Annual report of the Punjab Veterinary College and of the Civil Veterinary Department, Punjab - 1909-1919
Year: 1909
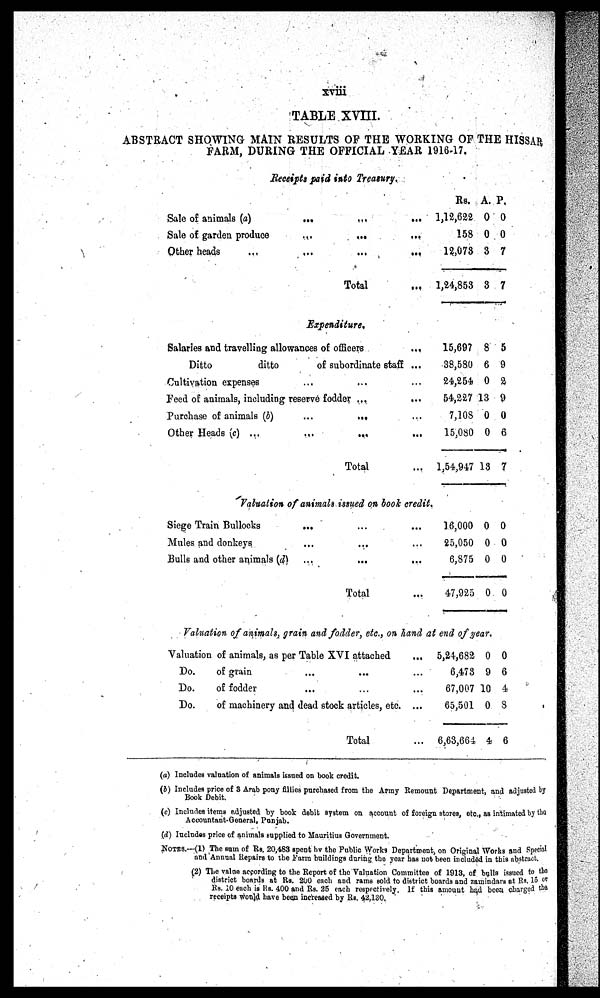
xviii
TABLE XVIII.
ABSTRACT SHOWING MAIN RESULTS OF THE WORKING OF THE HISSAR
FARM, DURING THE OFFICIAL YEAR 1916-17.
Receipts paid into Treasury.
Sale of animals (a)
Sale of garden produce
Other heads
...
...
...
...
...
...
Total
...
...
...
...
Rs.
1,12,622
158
13,073
1,24,853
A.
0
0
3
3
P.
0
0
7
7
Expenditure.
Salaries and travelling allowances of officers
...
Ditto
ditto
of subordinate staff ...
Cultivation expenses ... ... ...
Feed of animals, including reserve fodder ... ...
Purchase of animals (b)
...
... ...
Other Heads (c) ...
...
...
...
Total ...
15,697
38,580
24,254
54,227
7,108
15,080
1,54,947
8
6
0
13
0
0
13
5
9
2
9
0
6
7
Valuation of animals issued on book credit.
Siege Train Bullocks
...
...
...
Mules and donkeys
...
...
...
Bulls and other animals
(d)
...
...
...
Total ...
16,000
25,050
6,875
47,925
0
0
0
0
0
0
0
0
Valuation of animals, grain and fodder, etc., on hand at end of year.
Valuation of animals, as per Table XVI attached
...
Do.
Do.
Do.
of grain
...
...
...
of fodder
...
...
...
of machinery and dead stock articles, etc. ...
Total
...
5,24,682
6,473
67,007
65,501
6,63,664
0
9
10
0
4
0
6
4
8
6
(a) Includes valuation of animals issued on book credit.
(b) Includes price of 3 Arab pony fillies purchased from the Army Remount Department, and adjusted by
Book Debit.
(c) Includes items adjusted by book debit system on account of foreign stores, etc., as intimated by the
Accountant-General, Punjab.
(d) Includes price of animals supplied to Mauritius Government.
NOTES.—(1) The sum of Rs. 20,483 spent by the Public Works Department, on Original Works and Special
and Annual Repairs to the Farm buildings during the year has not been included in this abstract.
(2) The value according to the Report of the Valuation Committee of 1913, of bulls issued to the
district boards at Rs. 200 each and rams sold to district boards and zamindars at Rs. 15 or
Rs. 10 each is Rs. 400 and Rs. 25 each respectively. If this amount had been charged the
receipts would have been increased by Rs. 42,130.